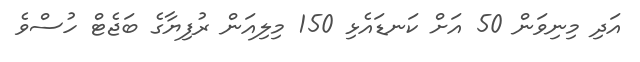
އަދި މިނިވަން 50 އަށް ކަނޑައެޅި 150 މިލިއަން ރުފިޔާގެ ބަޖެޓް ހުސްވެ